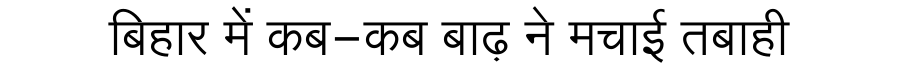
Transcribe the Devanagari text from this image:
बिहार में कब-कब बाढ़ ने मचाई तबाही